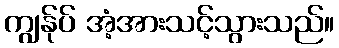
ကျွန်ုပ် အံ့အားသင့်သွားသည်။